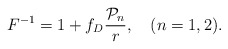
\begin{align*}F^{-1}=1+f_D{{{\cal P}_n}\over r}, \ \ \ (n=1,2).\end{align*}